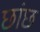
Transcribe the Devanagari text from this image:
छांछ